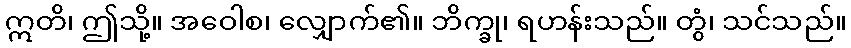
ဣတိ၊ ဤသို့။ အဝေါစ၊ လျှောက်၏။ ဘိက္ခု၊ ရဟန်းသည်။ တွံ၊ သင်သည်။